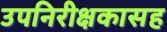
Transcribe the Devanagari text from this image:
उपनिरीक्षकासह